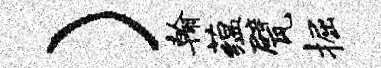
）翰蕴甓掘